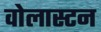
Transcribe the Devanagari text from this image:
वोलास्टन